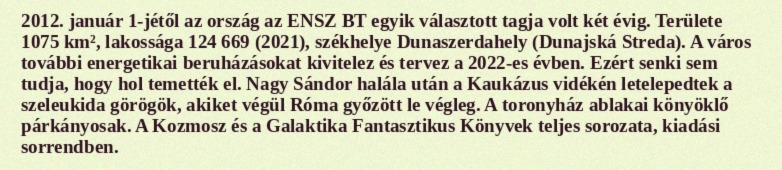
2012. január 1-jétől az ország az ENSZ BT egyik választott tagja volt két évig. Területe 1075 km², lakossága 124 669 (2021), székhelye Dunaszerdahely (Dunajská Streda). A város további energetikai beruházásokat kivitelez és tervez a 2022-es évben. Ezért senki sem tudja, hogy hol temették el. Nagy Sándor halála után a Kaukázus vidékén letelepedtek a szeleukida görögök, akiket végül Róma győzött le végleg. A toronyház ablakai könyöklő párkányosak. A Kozmosz és a Galaktika Fantasztikus Könyvek teljes sorozata, kiadási sorrendben.